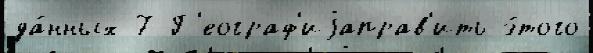
да́нных 7 Г'еограф'иjаправ'ить э́того